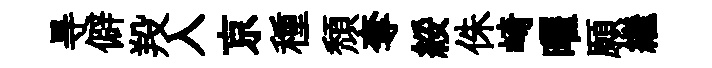
㝵僻羖入京種頹奪綏侏崎曜願繼